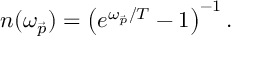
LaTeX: n ( \omega _ { \vec { p } } ) = \left( e ^ { \omega _ { \vec { p } } / T } - 1 \right) ^ { - 1 } .